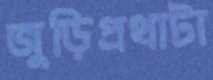
জুড়িপ্রথাটা